Report on vaccination in Madras 1895-1903 - 1895-1903
Year: 1895
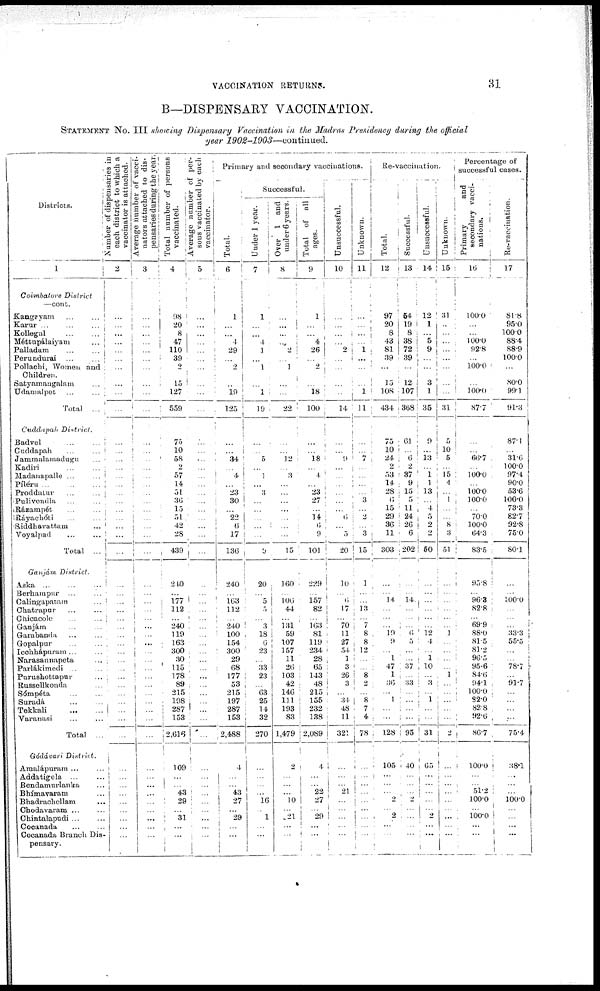
VACCINATION RETURNS.
31
B—DISPENSARY VACCINATION.
STATEMENT No. III showing Dispensary Vaccination in the Madras Presidency during the official
year
1902-1903—continued.
Districts.
1
Coimbatore
District
—cont.
Kangayam ... ...
Karur
...
...
...
Kollegal ... ...
Méttnpálaiyam
Palladam ... ...
Peruudurai ... ...
Pollachi, Women and
Children.
Satyamangalam ...
Udamalpet ...
Total ...
Cuddapah
District.
Badvel
...
...
Cuddapah ... ...
Jammalamadugu ...
Kadiri ... ...
Madanapalle ... ...
Píléru
...
...
...
Proddatum ... ...
Pulivendla ... ...
Rázampét ... ...
Ráyachóti ... ...
Siddhavattam ...
Voyalpad ... ...
Total ...
Ganjám
District.
Aska ... ... ...
Berhampur ...
Calingapatam ...
Chatrapur ... ...
Chicacole ... ...
Ganjám ... ...
Garabanda ... ...
Gopalpur ... ...
Icchhápuram ... ...
Narasannapeta ...
Parlákimedi ... ...
Purushottapur ...
Russellkonda ...
Sómpéta ... ...
Suradá
...
...
Tekkali
...
...
Varanasi ... ...
Total ...
Gódávari
District.
Amalápuram ... ...
Addatigela ... ...
Bendamurlanka ...
Bhímavaram ...
Bhadrachellam ...
Chodavaram ... ...
Chintalapudi ... ...
Cocanada
...
...
Cocanada Branch Dis¬
pensary.
Number of dispensaries in
each district to which a
vaccinator is attached.
2
...
...
...
...
...
...
...
...
...
...
...
...
...
...
...
...
...
...
...
...
...
...
...
...
...
...
...
...
...
...
...
...
...
...
...
...
...
...
...
...
...
...
...
...
...
...
...
...
...
...
...
Average number of vacci-
nators attached to dis-
pensaries during the year.
3
...
... ...
...
...
...
...
...
...
...
...
...
...
...
...
...
...
...
...
...
...
...
...
...
...
...
...
...
...
...
...
...
...
...
...
...
...
...
...
...
...
...
...
...
...
...
...
...
...
...
...
Total number of persons
vaccinated.
4
98
20
8
47
110
39
2
15
127
559
75
10
58
2
57
14
51
36
15
51
42
28
439
...
240
...
177
112
...
240
119
163
300
30
115
178
89
215
198
287
153
2,616
109
...
... 43
29
...
31
...
...
Average number of per-
sons vaccinated by each
vaccinator.
5
...
...
...
...
...
...
...
...
...
...
...
...
...
...
...
...
...
...
...
...
...
...
...
...
...
...
...
...
...
...
...
...
...
...
...
...
...
...
...
...
...
...
...
...
...
...
...
...
...
...
...
Primary and secondary vaccinations.
Total.
6
1
...
...
4
29
...
2
...
19
125
...
...
34
...
4
...
23
30
...
22
6
17
136
...
240
...
163
112
...
240
100
154
300
29
68
177
53
215
197
287
153
2,488
4
...
...
43
27
...
29
...
...
Successful.
Under 1 year.
7
1
...
...
4
1
...
1
...
1
19
...
...
5
...
1
...
3
...
...
...
...
...
0
...
20
...
5
5
...
3
18
6
23
...
33
23
...
63
25
14
32
270
...
...
...
...
16
...
1
...
...
Over 1 and
under 6 years.
8
...
...
...
...
2
...
1
...
...
22
...
...
12
...
3
...
...
...
...
...
...
...
15
...
160
...
106
44
...
131
59
107
157
11
26
103
42
146
111
193
83
1,479
2
...
...
...
10
...
21
...
...
Total of all
ages.
9
1
...
...
4
26
...
2
...
18
100
...
...
18
...
4
...
23
27
...
14
6
9
101
...
229
...
157
82
...
163
81
119
234
28
65
143
48
215
155
232
138
2,089
4
...
...
22
27
10
29
...
...
Unsuccessful.
10
...
...
...
...
2
...
...
...
...
14
...
...
9
...
...
...
...
...
...
6
...
5
20
...
10
...
6
17
...
70
11
27
54
1
3
26
3
...
34
48
11
321
...
...
...
21
...
...
...
...
...
Unknown.
11
...
...
...
...
1
...
...
...
1
11
...
...
7
...
...
...
...
3
...
2
...
3
15
...
1
...
...
13
...
7
8
8
12
...
...
8
2
...
8
7
4
78
...
...
...
...
...
...
...
...
...
Re-vaccination.
Total.
12
97
20
8
43
81
39
...
15
108
434
75
10
24
2
53
14
28
6
15
29
36
11
303
...
...
...
14
...
...
...
19
9
...
1
47
1
36
...
1
...
...
128
105
...
...
...
2
...
2
...
...
Successful.
13
54
19
8
38
72
39
...
12
107
368
61
...
6
2
37
9
15
5
11
24
26
6
202
...
...
...
14
...
...
...
6
5
...
...
37
...
33
...
...
...
...
95
40
...
...
...
2
...
...
...
...
Unsuccessful.
14
12
1
...
5
9
...
...
3
1
35
9
...
13
...
1
1
13
...
4
5
2
2
60
...
...
...
...
...
...
...
12
4
...
1
10
...
3
...
1
...
...
31
65
...
...
...
...
...
2
...
...
Unknown.
15
31
...
...
...
...
...
...
...
...
31
5
10
5
...
15
4
...
1
...
...
8
3
51
...
...
...
...
...
...
...
1
...
...
...
...
1
...
...
...
...
...
2
...
...
...
...
...
...
...
...
...
Percentage of
successfu1 cases.
Primary
and
secondary vacci¬
nations.
16
100.0
...
...
100.0
92.8
...
100.0
...
100.0
87.7
...
...
66.7 .
...
100.0
...
100.0
100.0
...
70.0
100.0
64.3
83.5
...
95.8
...
96.3
82.8
...
69.9
88.0
81.5
81.2
96.5
95.6
84.6
94.1
100.0
82.0
82.8
92.6
86.7
100.0
...
...
51.2
100.0
...
100.0
...
...
Re-vaccination.
17
81.8
95.0
100.0
88.4
88.9
100.0
...
80.0
99.1
91.3
87.1
...
31.6
100.0
97.4
90.0
53.6
100.0
73.3
82.7
92.8
75.0
80.1
...
...
...
100.0
...
...
...
33.3
55.5
...
...
78.7
...
91.7
...
...
...
...
75.4
38.1
...
...
...
100.0
...
...
...
...